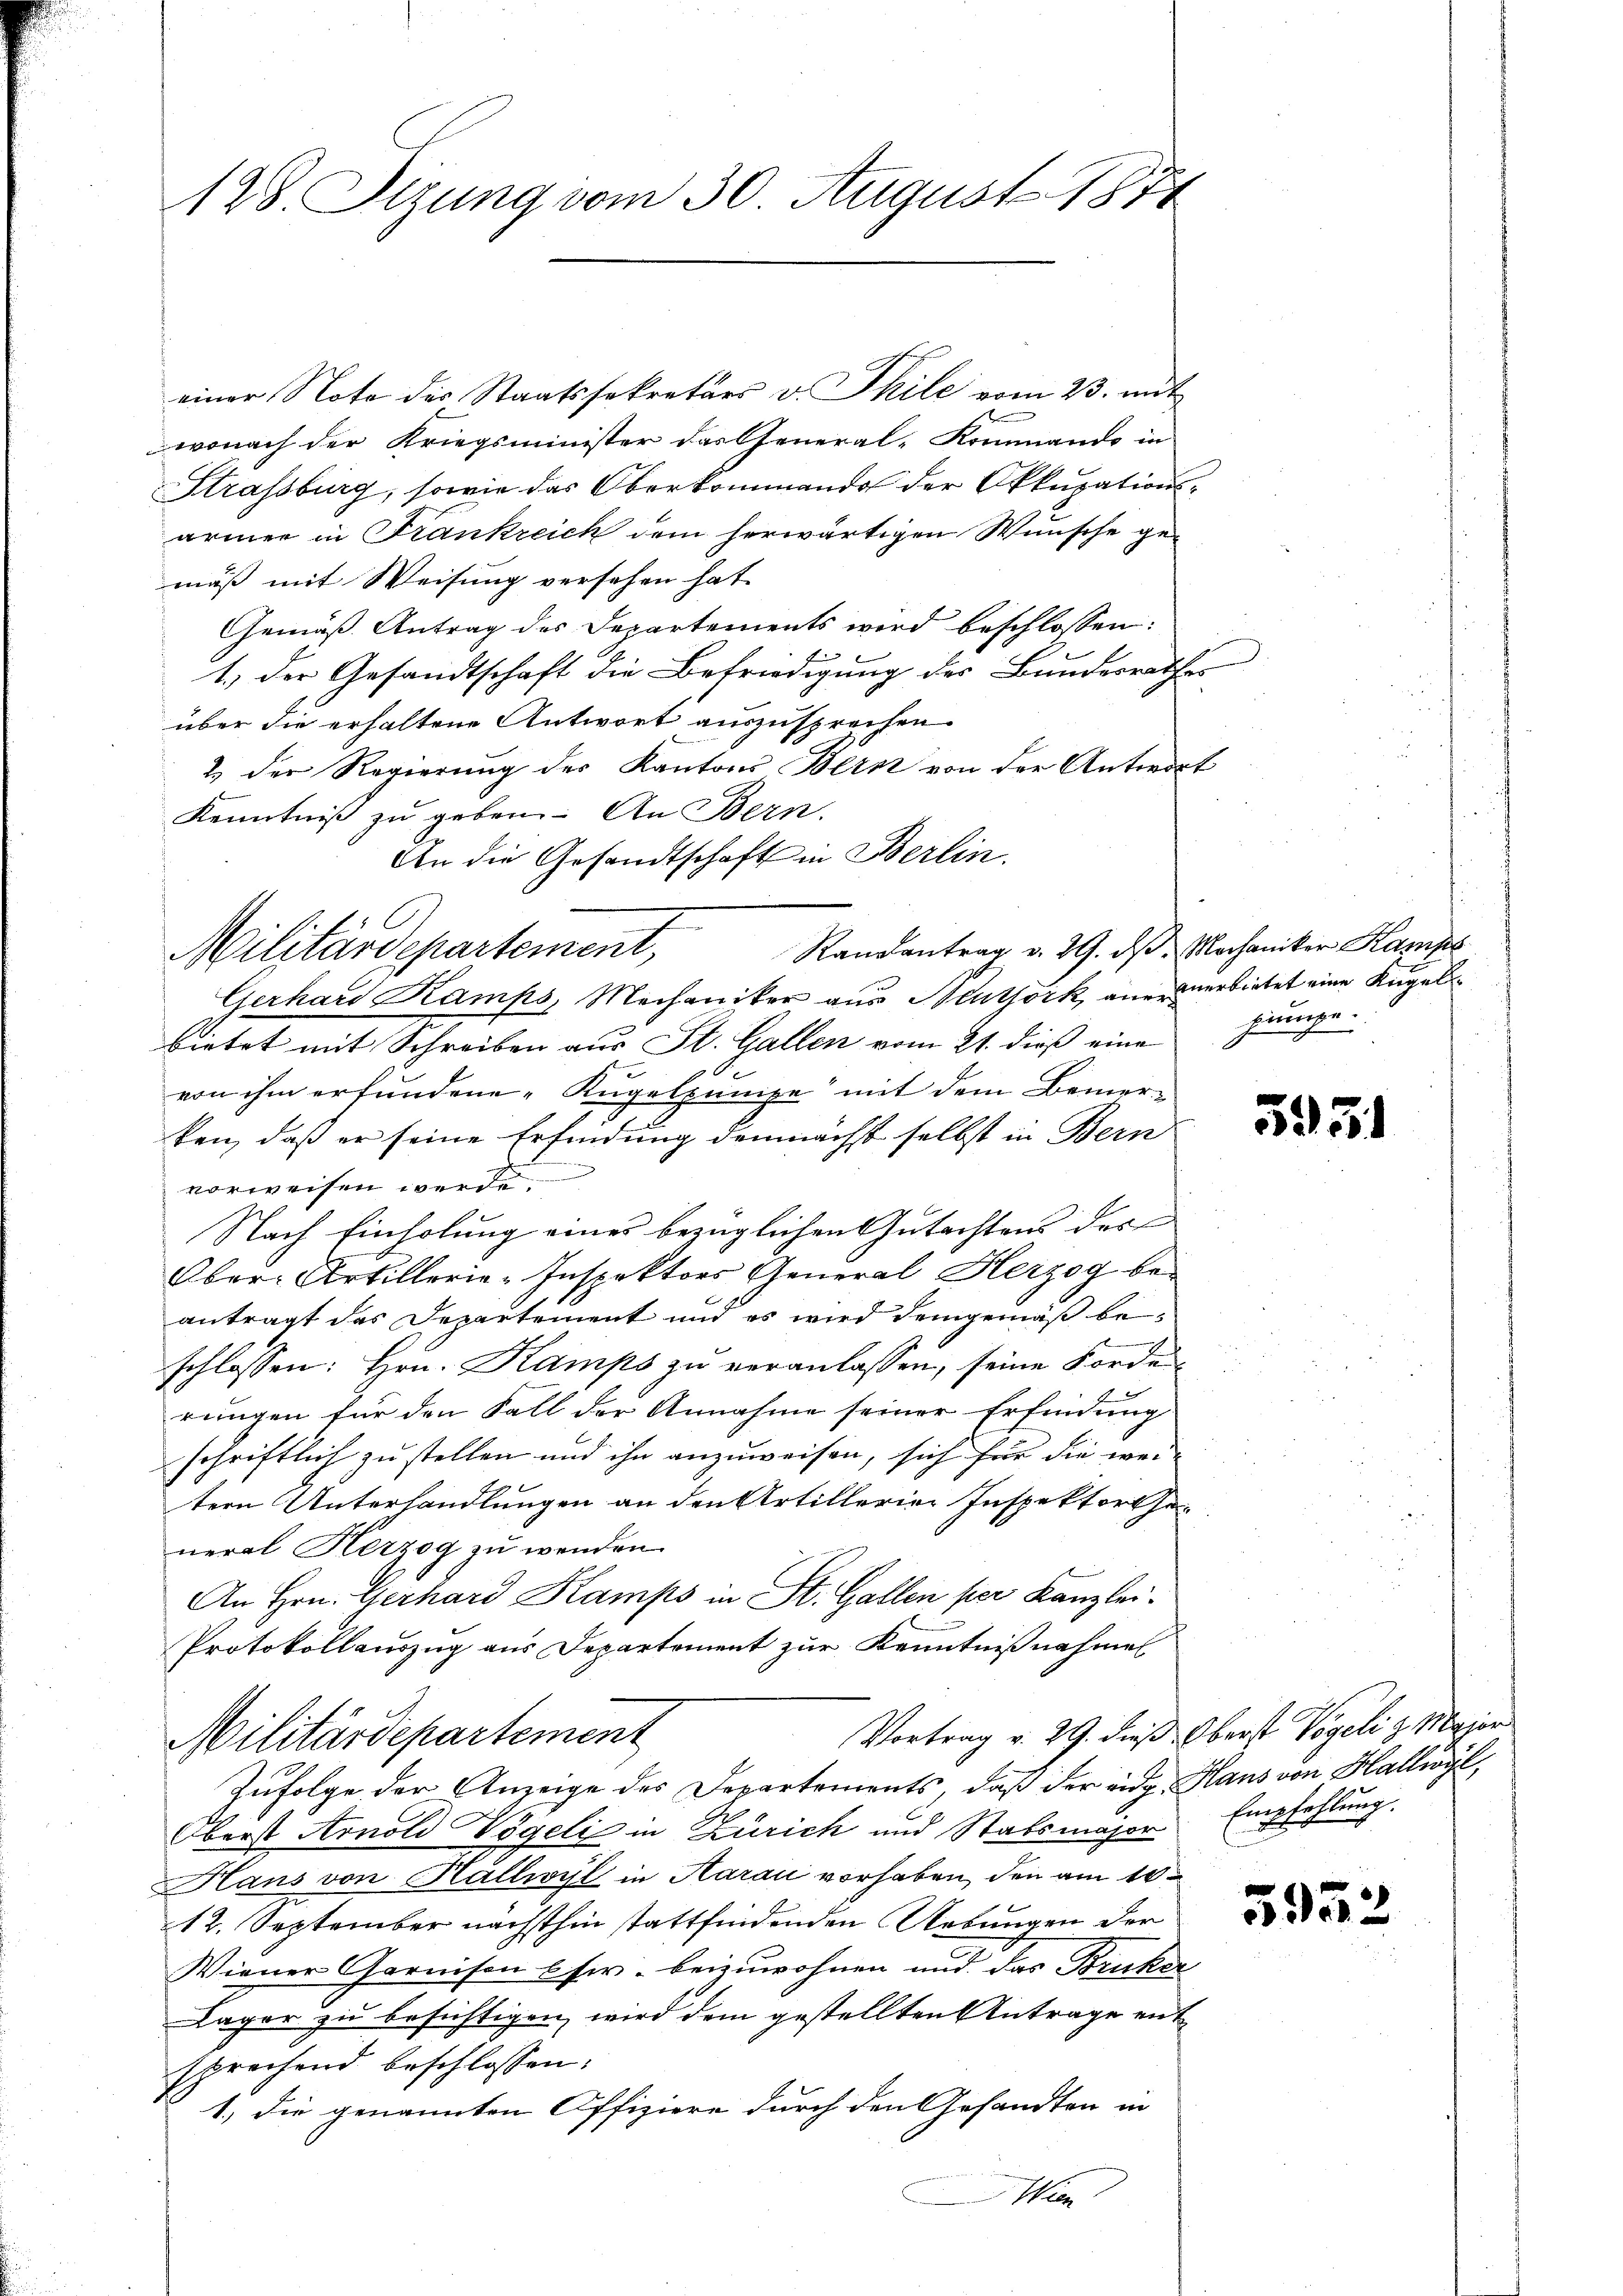
128. Sizung vom 30. August 1874

einer Note des Staatssekretärs v. Thile vom 23. mit
wonach der Kriegsminister das General-Kommando in
Strassburg, sowie das Oberkommando der Okkupationsärmer in Frankreich dem herwärtigen Wünsche gemäß mit Weisung versehen hat.
Gemäß Antrag des Departements wird beschlossen:
1.) Der Gesandtschaft die Befriedigung des Bundesrathes
über die erhaltene Antwort auszusprechen.
2.) Der Regierung der Kantons Bern von der Antwort
Kenntniß zu geben. An Bern.
An die Gesandtschaft in Berlin.
Militärdepartement,
Gerhard Kamps, Mechaniker aus Neuthork, anerbietet eine Kugel
bietet mit Schreiben aus St. Gallen vom 21. dieß eine hingevon ihm erfundene Kugelpunise“ mit dem Bemer-
ken, daß er seine Erfindung demnächst selbst in Bern
vorweisen werde.
Nach Einholung eines bezüglichen Gutachtens des
Ober-Artillerie-Inspektors General Herzog beantragt das Departement und es wird demgemäß beschlossen: Hrn. Kamps zu veranlassen, seine Forde
rungen für den Fall der Annahme seiner Erfindung
schriftlich zu stellen und ihn anzuweisen, sich für die wei-
tern Unterhandlungen an den Artillerier Inspektortseneral Herzog zu wenden.
An Hrn. Gerhard Kamps in St. Gallen per Kanzlei-
Protokollauszug aus Departement zur Kenntnißnahmen
Vortrag v. 29. dieß Oberst Vögeli z. Maier
Militärdepartement
Zufolge der Anzeige des Departements, daß der eidg. Haus von Hallwyl,
Oberst Arnold Vögeli in Zürich und Stabsmajor Empfehlung.
HHans von Hallwyl in Aarau vorhaben, den am 10.
12. September nächsthin stattfindenden Uebungen der
Wiener Garnison usw. beizuwohnen und das Bruker
Lager zu besichtigen wird dem gestellten Antrage entsprechend beschlossen:
1.) die genannten Offiziere durch den Gesandten in
Wien

Randantrag v. 29. dβ Mochaniker Kamps

595

595.